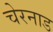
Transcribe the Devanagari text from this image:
चेरनाड